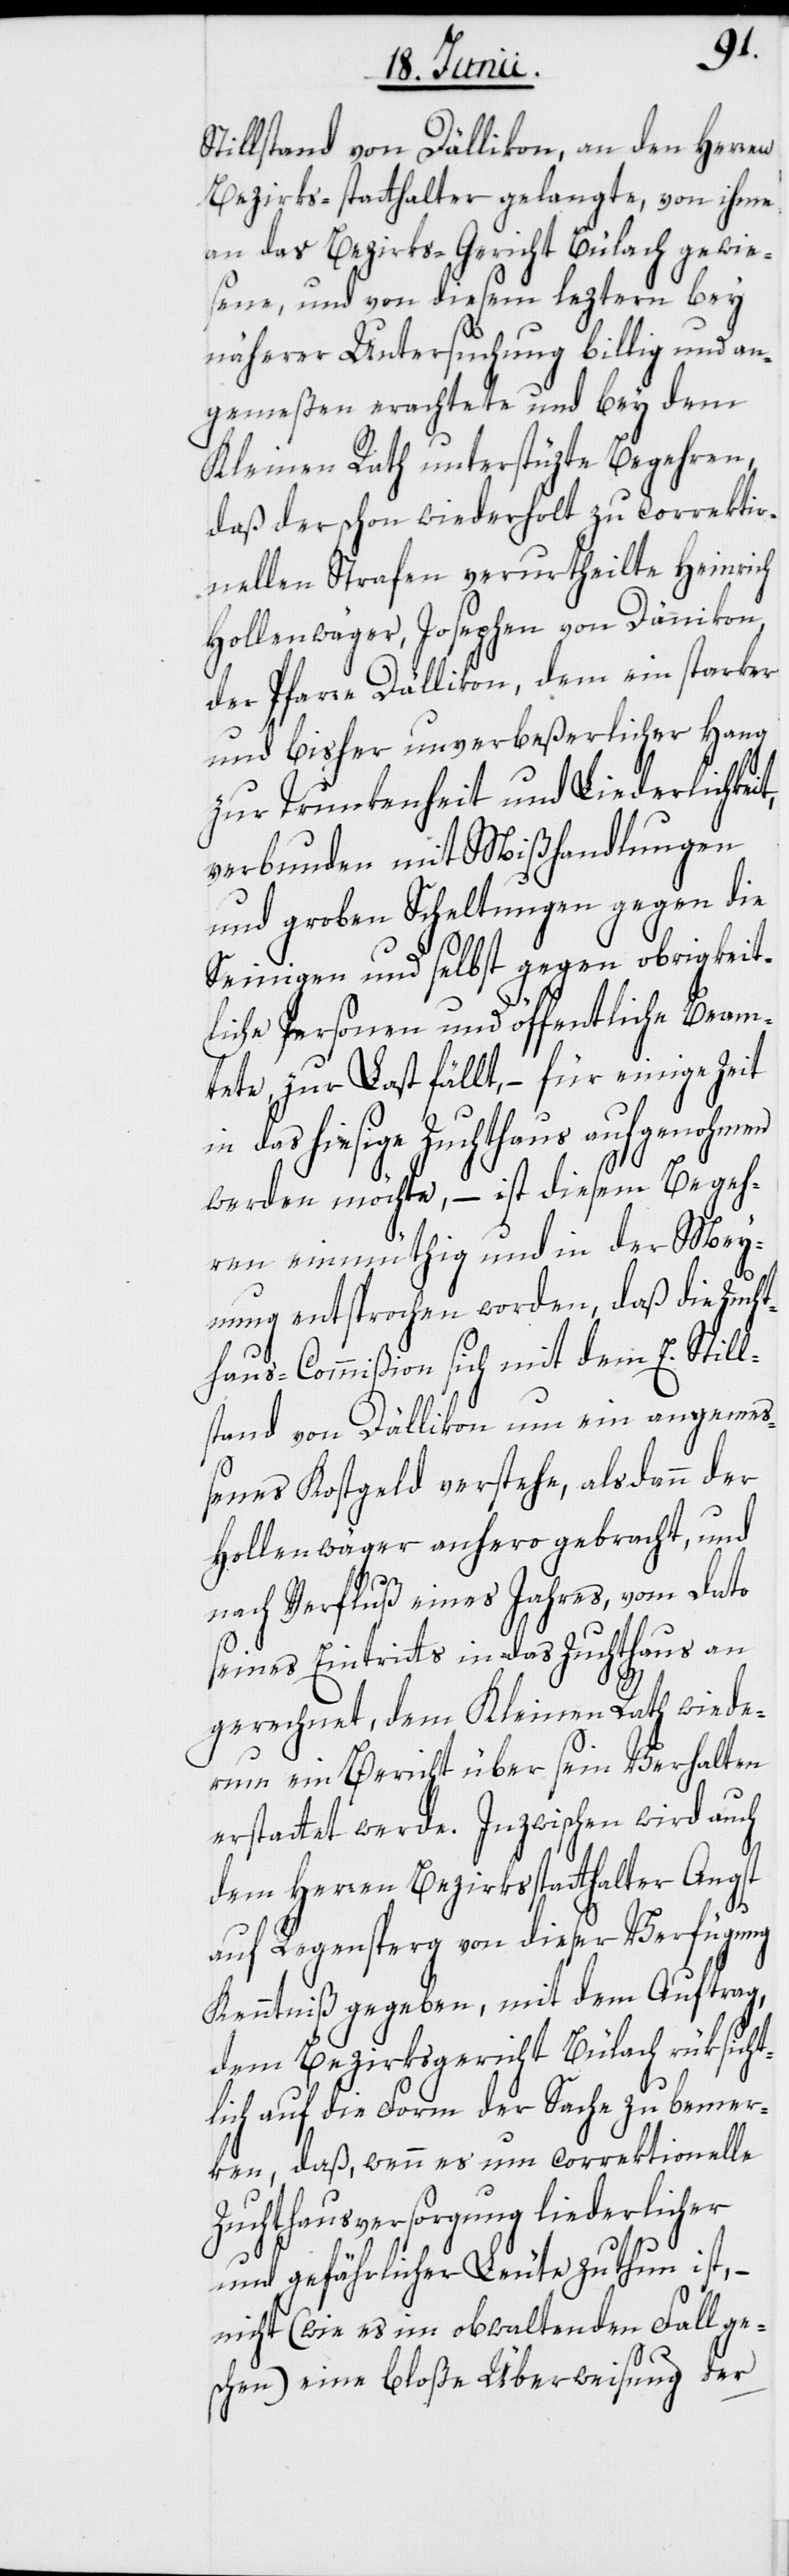
Stillstand von Dällikon, an den Herren
Bezirks-statthalter gelangte, von ihme
an das Bezirks-Gericht Bülach gewie¬
sene, und von diesem leztern bey
näherer Untersuchung billig und an¬
gemeßen erachtete und bey dem
Kleinen Rath unterstüzte Begehren,
daß der schon wiederholt zu correktio¬
nellen Strafen verurtheilte Heinrich
Hollenwäger, Josephen von Dänikon,
der Pfarre Dällikon, dem ein starker
und bisher unverbeßerlicher Hang
zur Trunkenheit und Liederlichkeit,
verbunden mit Mißhandlungen
und groben Scheltungen gegen die
Seinigen und selbst gegen obrigkeit¬
liche Personen und öffentliche Beam¬
tete, zur Last fällt, – für einige Zeit
in das hiesige Zuchthaus aufgenohmen
werden möchte, – ist diesem Begeh¬
ren einmüthig und in der Mey¬
nung entsprochen worden, daß die Zucht¬
haus-Commißion sich mit dem E. Still¬
stand von Dällikon um ein angemeß¬
enes Kostgeld verstehe, alsdann der
Hollenwäger anhero gebracht, und
nach Verfluß eines Jahres, vom Dato
seines Eintritts in das Zuchthaus an
gerechnet, dem Kleinen Rath wiede¬
rum ein Bericht über sein Verhalten
erstattet werde. Inzwischen wird auch
dem Herren Bezirksstatthalter Angst
auf Regensperg von dieser Verfügung
Kenntniß gegeben, mit dem Auftrag,
dem Bezirksgericht Bülach rüksicht¬
lich auf die Form der Sache zu bemer¬
ken, daß, wenn es um correktionelle
Zuchthausversorgung liederlicher
und gefährlicher Leute zu thun ist, –
nicht (wie es im obwaltenden Fall ge¬
schen) eine bloße Überweisung der